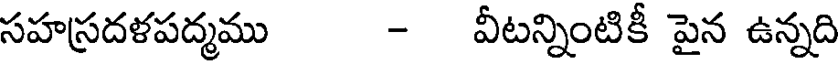
సహస్రదళపద్మము - వీటన్నింటికీ పైన ఉన్నది